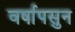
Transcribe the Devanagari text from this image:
वर्षापसुन